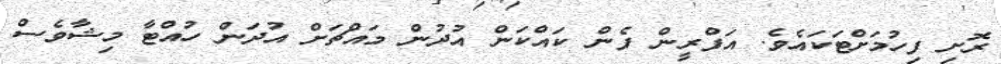
ރޮށި ފިހުމަށްޓަކައެވެ. އަފްރީން ފެން ކައްކަން އުދުން މައްޗަށް އުދަން ހުއްޓާ މިޝާވެސް